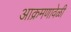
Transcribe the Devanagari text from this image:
आक्रमणावेळी